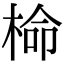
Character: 椧